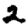
Digit: 2